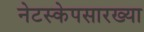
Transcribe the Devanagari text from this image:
नेटस्केपसारख्या